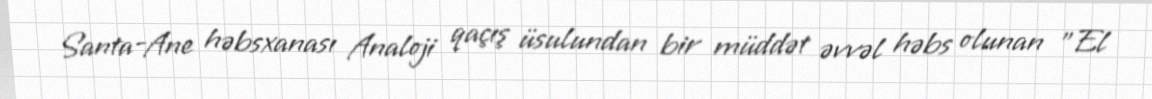
Santa-Ane həbsxanası Analoji qaçış üsulundan bir müddət əvvəl həbs olunan "El